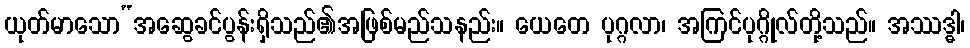
ယုတ်မာသော“အဆွေခင်ပွန်းရှိသည်၏အဖြစ်မည်သနည်း။ ယေတေ ပုဂ္ဂလာ၊ အကြင်ပုဂ္ဂိုလ်တို့သည်။ အဿဒ္ဓါ၊